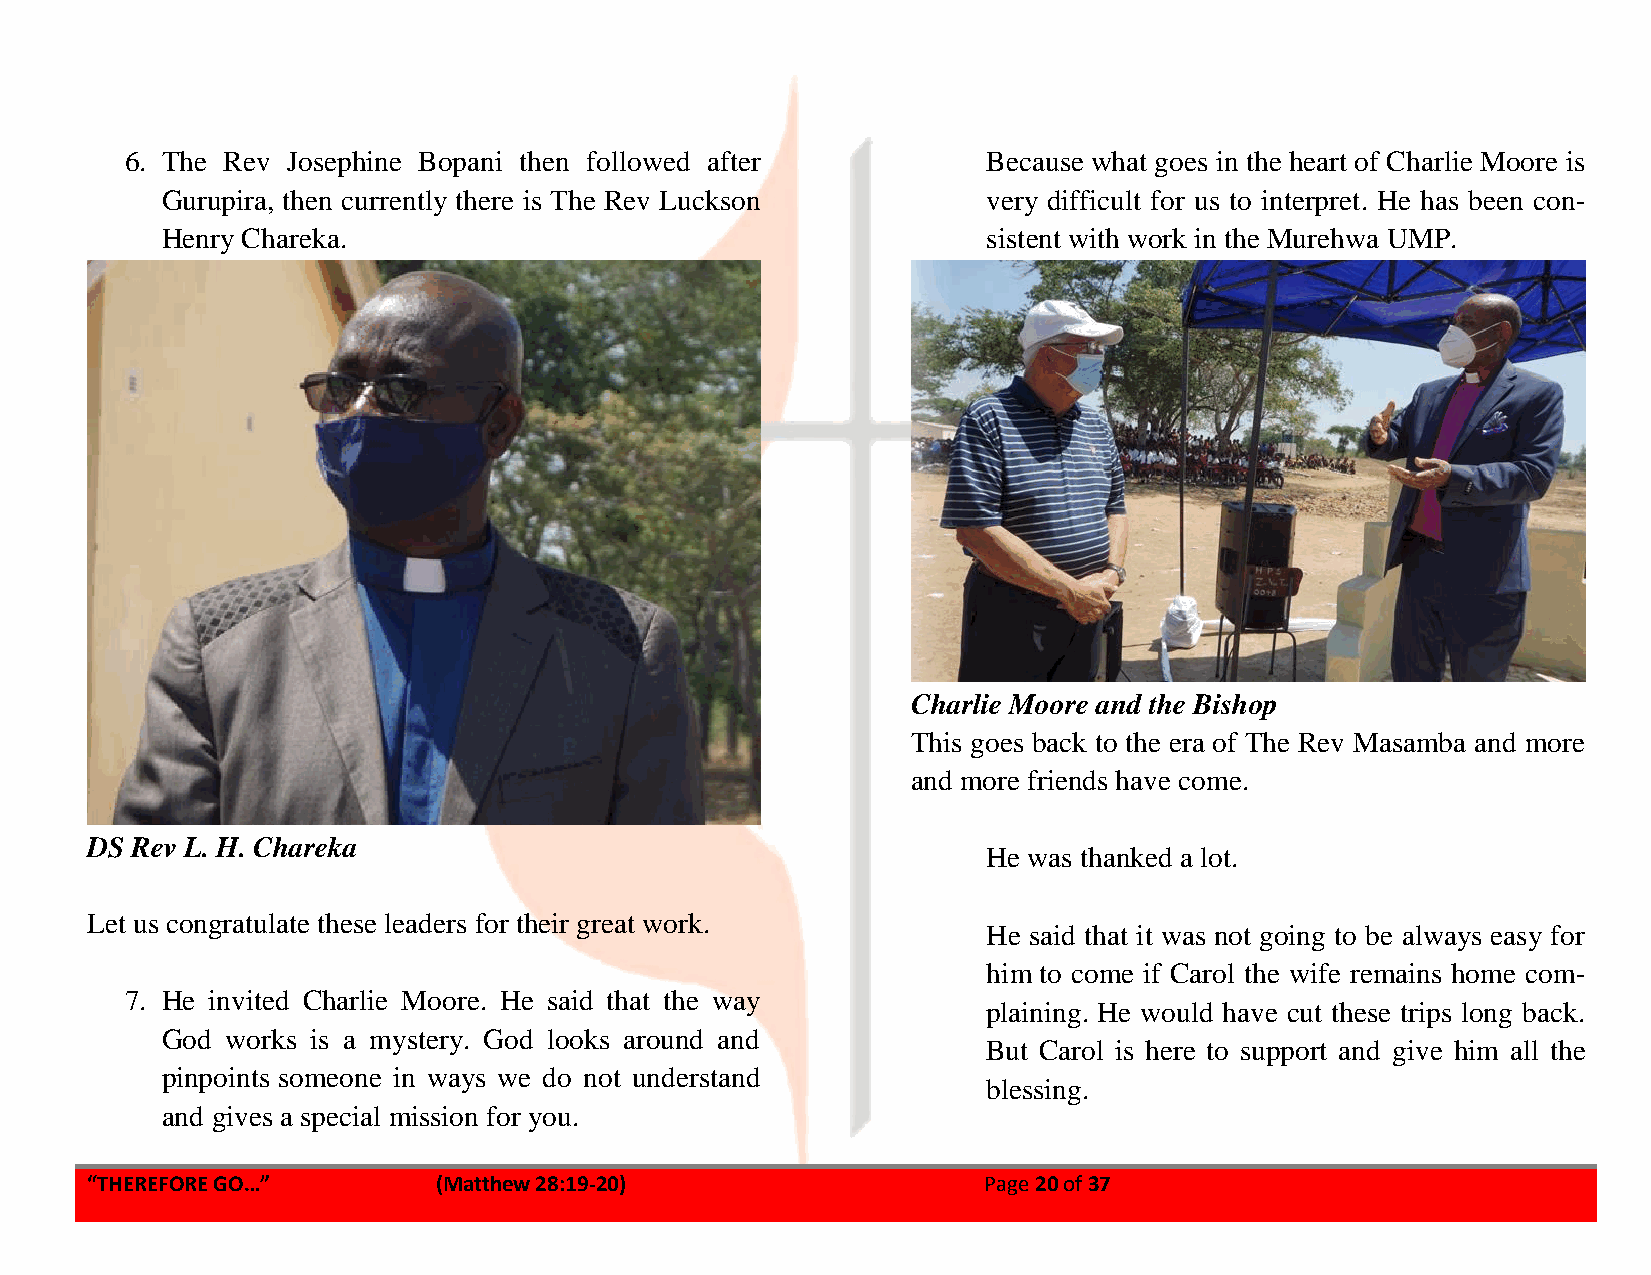
6. The Rev Josephine Bopani then followed after          Because what goes in the heart of Charlie Moore is
 Gurupira, then currently there is The Rev Luckson     very difficult for us to interpret. He has been con-
 Henry Chareka.                                        sistent with work in the Murehwa UMP.
 Charlie Moore and the Bishop
 This goes back to the era of The Rev Masamba and more
 and more friends have come.
 DS Rev L. H. Chareka
 He was thanked a lot.
 Let us congratulate these leaders for their great work.
 He said that it was not going to be always easy for
 him to come if Carol the wife remains home com-
 7. He invited Charlie Moore. He said that the way
 plaining. He would have cut these trips long back.
 God works is a mystery. God looks around and
 But Carol is here to support and give him all the
 pinpoints someone in ways we do not understand
 blessing.
 and gives a special mission for you.
 “THEREFORE GO…”        (Matthew 28:19-20)                  Page 20 of 37